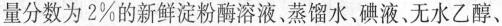
量分数为2%的新鲜淀粉酶溶液，蒸馏水、碘液、无水乙醇、